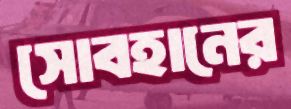
সোবহানের